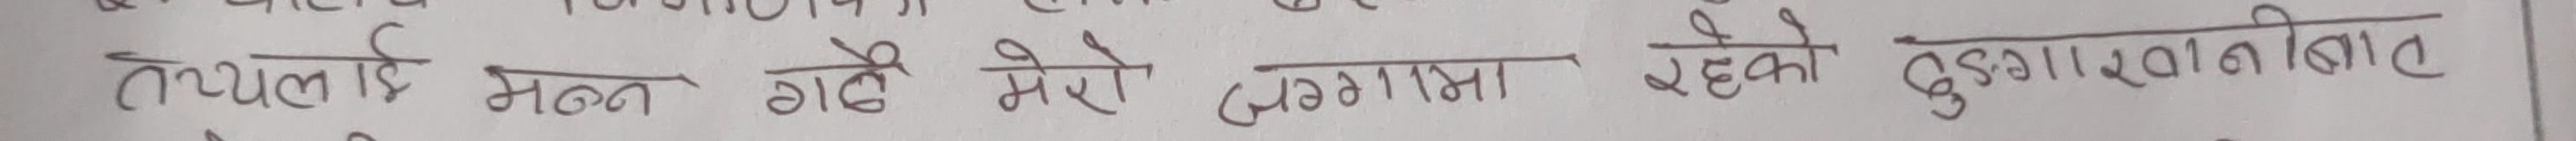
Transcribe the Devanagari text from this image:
तयलाई भन्न गहे मेरी लगसा रहेको ढुंगारानीबाट